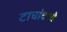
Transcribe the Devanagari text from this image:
टाचांवरचे